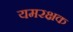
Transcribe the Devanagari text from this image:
यमरक्षक